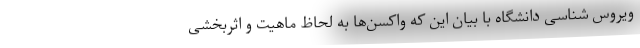
ویروس شناسی دانشگاه با بیان این که واکسن‌ها به لحاظ ماهیت و اثربخشی